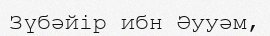
Зүбәйір ибн Әууәм,